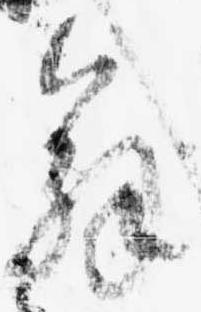
解